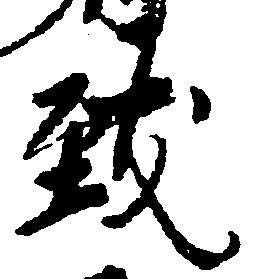
致